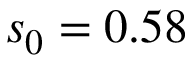
s _ { 0 } = 0 . 5 8